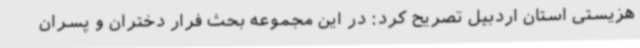
هزیستی استان اردبیل تصریح کرد:‌ در این مجموعه بحث فرار دختران و پسران